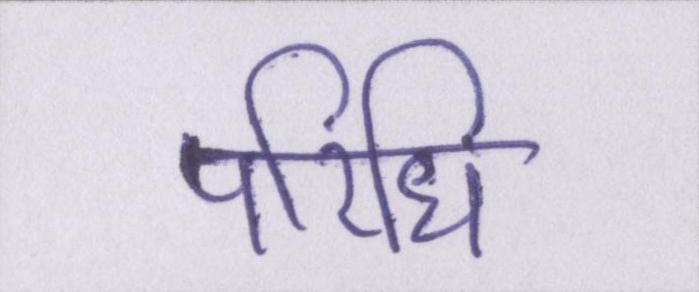
परिधि